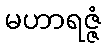
မဟာရဇ္ဇံ